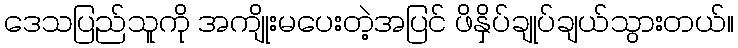
ဒေသပြည်သူကို အကျိုးမပေးတဲ့အပြင် ဖိနှိပ်ချုပ်ချယ်သွားတယ်။